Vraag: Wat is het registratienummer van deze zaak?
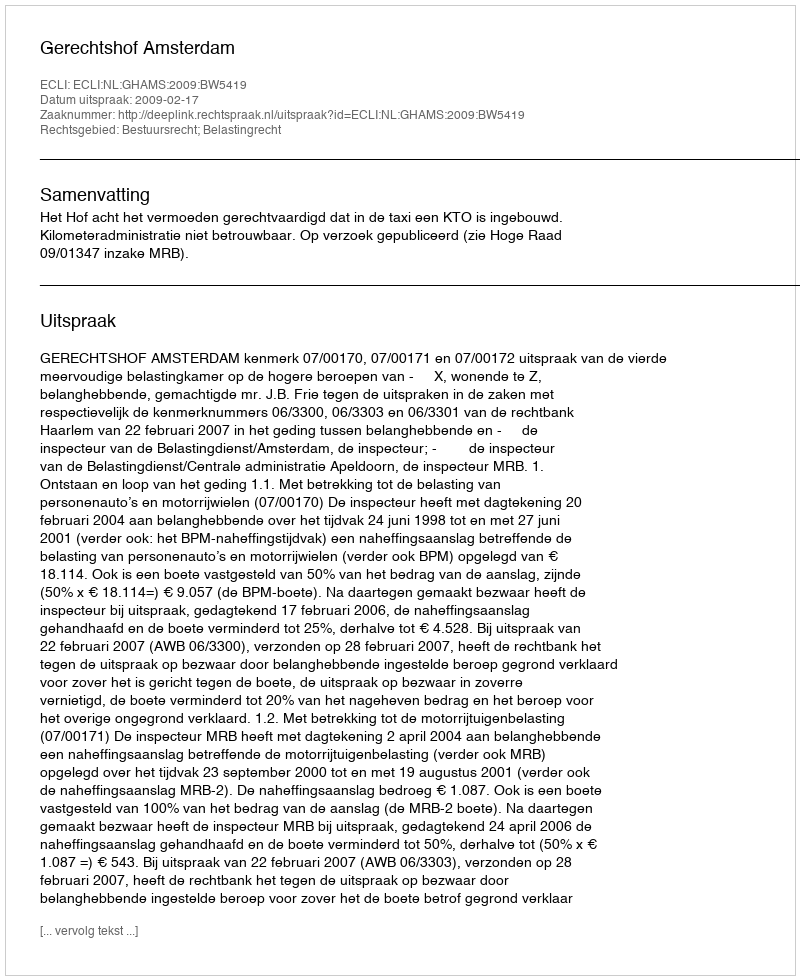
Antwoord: http://deeplink.rechtspraak.nl/uitspraak?id=ECLI:NL:GHAMS:2009:BW5419